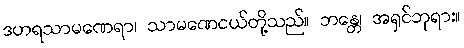
ဒဟရသာမဏေရာ၊ သာမဏေငယ်တို့သည်။ ဘန္တေ၊ အရှင်ဘုရား။